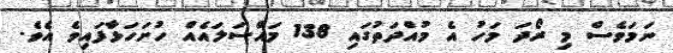
ނަމަވެސް މި ރޯދަ މަހު އެ މުއްދަތުގައި 138 މައްސަލައެއް ހުށަހަޅާފައިވެ އެވެ.